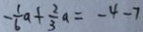
- \frac { 1 } { 6 } a + \frac { 2 } { 3 } a = - 4 - 7